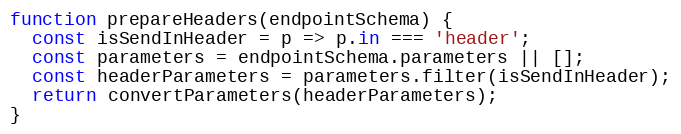
Language: JavaScript
function prepareHeaders(endpointSchema) {
  const isSendInHeader = p => p.in === 'header';
  const parameters = endpointSchema.parameters || [];
  const headerParameters = parameters.filter(isSendInHeader);
  return convertParameters(headerParameters);
}